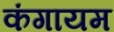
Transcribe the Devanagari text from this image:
कंगायम